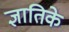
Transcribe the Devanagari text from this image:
ज्ञातिके